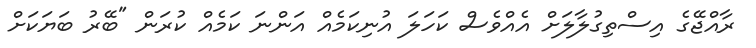
ރާއްޖޭގެ އިސްތިގުލާލަށް އެއްވެސް ކަހަލަ އުނިކަމެއް އަންނަ ކަމެއް ކުރަން "ބޭރު ބަަޔަކަށް